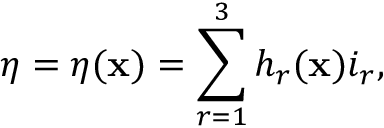
\eta = \eta ( { \bf x } ) = \sum _ { r = 1 } ^ { 3 } h _ { r } ( { \bf x } ) i _ { r } ,